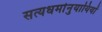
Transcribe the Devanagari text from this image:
सत्यधर्मानुयायियों